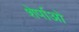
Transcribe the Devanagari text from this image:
शेर्पाओ